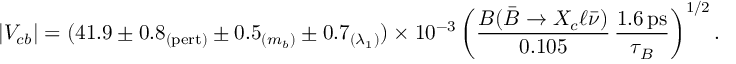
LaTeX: | V _ { c b } | = ( 4 1 . 9 \pm 0 . 8 _ { ( \mathrm { p e r t ) } } \pm 0 . 5 _ { ( m _ { b } ) } \pm 0 . 7 _ { ( \lambda _ { 1 } ) } ) \times 1 0 ^ { - 3 } \, \bigg ( { \frac { { \cal B } ( \bar { B } \to X _ { c } \ell \bar { \nu } ) } { 0 . 1 0 5 } } \, { \frac { 1 . 6 \, \mathrm { p s } } { \tau _ { B } } } \bigg ) ^ { 1 / 2 } \, .